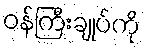
ဝန်ကြီးချုပ်ကို